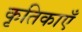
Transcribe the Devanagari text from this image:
कृतिकाएँ